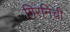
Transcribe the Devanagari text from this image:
गिरनिची